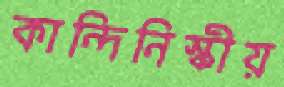
কান্দিনিস্কীয়